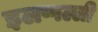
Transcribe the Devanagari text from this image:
इलप्पल्ली